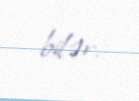
bilər.